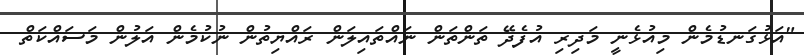
"އަޅުގަނޑުމެން މިއުޅެނީ މަދިރި އުފެދޭ ތަންތަން ނައްތައިލަން ރައްޔިތުން ނުކުމެން އަލުން މަސައްކަތް